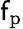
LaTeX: \mathsf{f}_{\mathrm{{p}}}